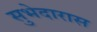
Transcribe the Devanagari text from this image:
सुभेदारास